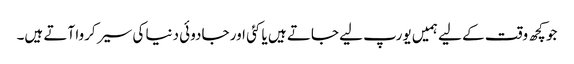
جو کچھ وقت کے لیے ہمیں یورپ لیے جاتے ہیں یا کئی اور جادوئی دنیا کی سیر کروا آتے ہیں۔